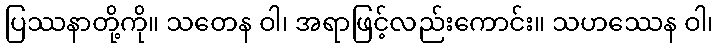
ပြဿနာတို့ကို။ သတေန ဝါ၊ အရာဖြင့်လည်းကောင်း။ သဟဿေန ဝါ၊